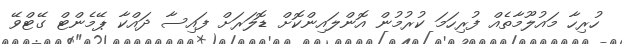
ހުރިހާ މައުލޫމާތެއް ފުރިހަމަ ކުރުމުން އޮންލައިންކޮށް ޑޮލަރަށް ފައިސާ ދައްކާ ޕޭމެންޓް ގޭޓްވޭ